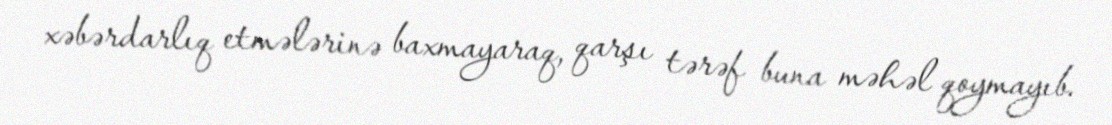
xəbərdarlıq etmələrinə baxmayaraq, qarşı tərəf buna məhəl qoymayıb.